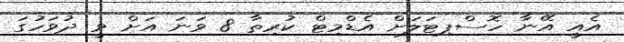
އެއީ އޭނާ ހޮސްޕިޓަލަށް އެޑްމިޓް ކުރިތާ 8 ވަނަ އަށް ވީ ދުވަހުގަ